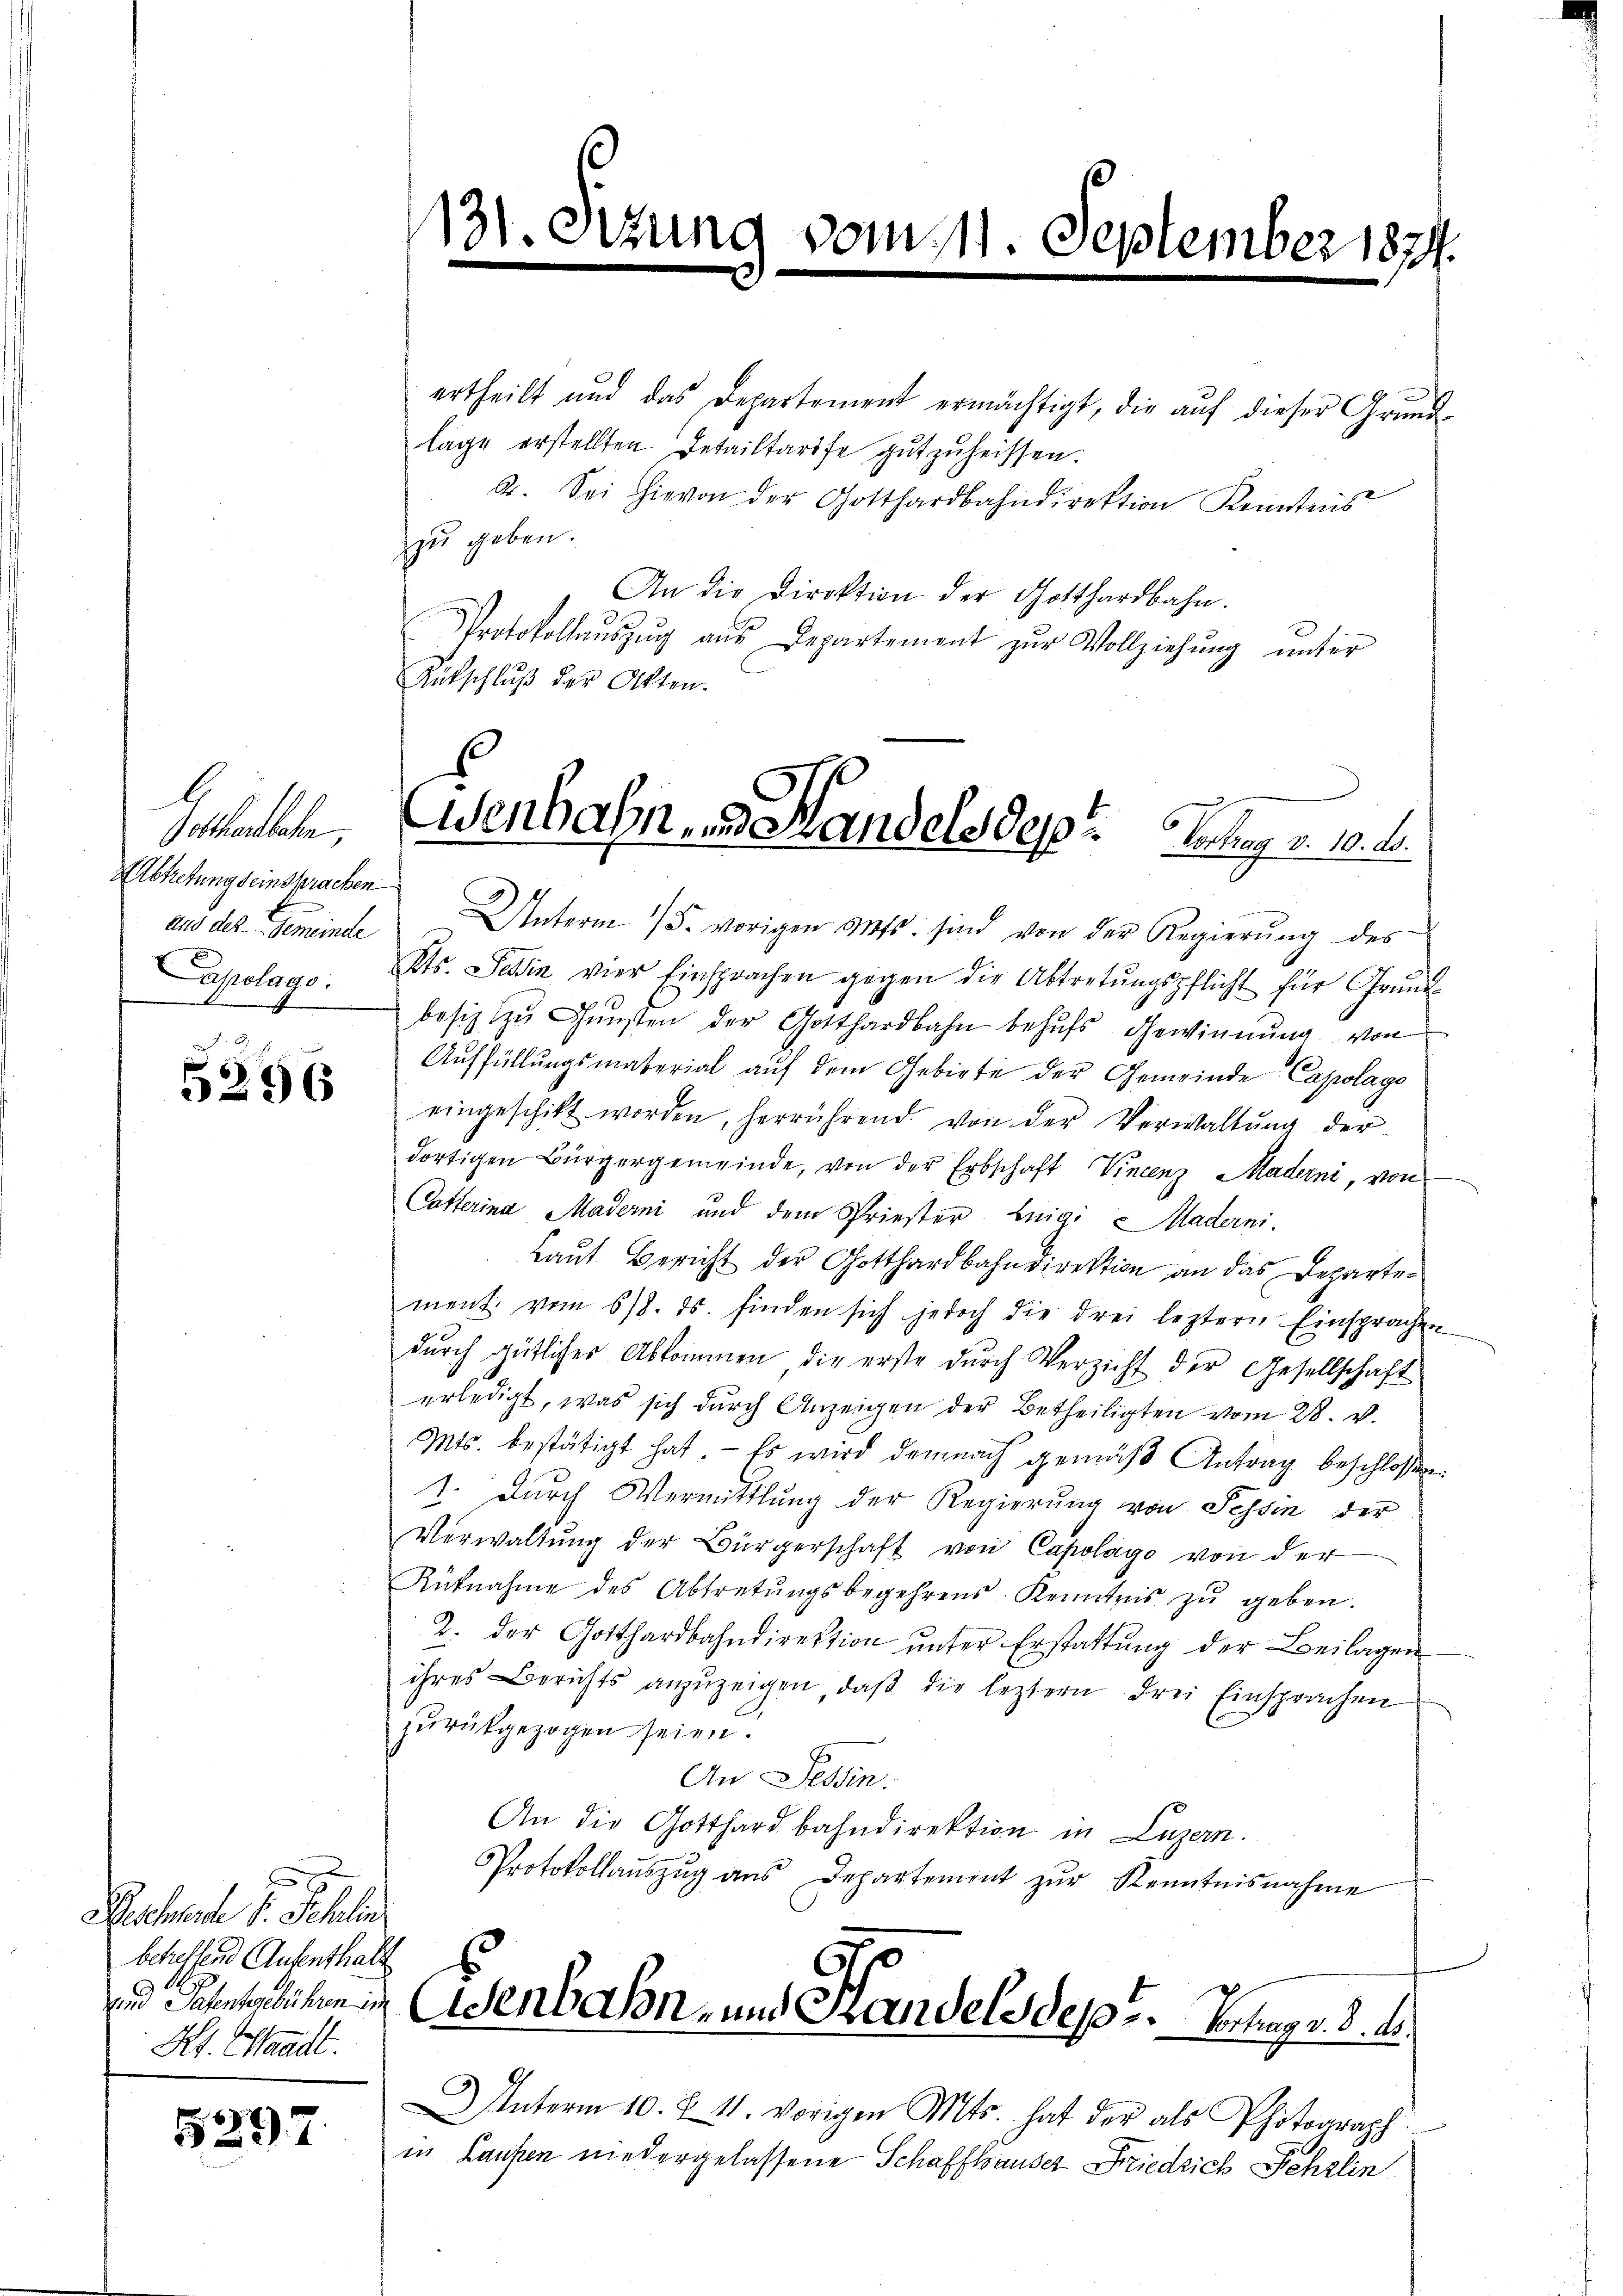
G
Gotthardbahn,
AAbtretung seinsprachen
Capolago.

.
5296

Buchende u. Schla
betreffend Aufenthalt
Kt. Waadt.

5297.

131.

11

C

aus der Gemeinde Unterm 15. vorigen Mts. sind von der Regierŭng des
Kts. Tessin vier Einsprachen gegen die Abtretŭngspflicht für Grŭnd-
besitz zŭ Gŭnsten der Gotthardbahn behŭfs Gewinnung von
Auffüllungsmaterial auf dem Gebiete der Gemeinde Capolago
eingeschikt worden, herrührend von der Verwaltŭng der
dortigen Bürgergemeinde, von der Erbschaft Vincenz Maderni, von
Cotterina Maderni und dem Priester Luigi Maderni
Laut Bericht der Gotthardbahndirektion an das Departement vom 618. ds. finden sich jedoch die drei leztern Einsprachen
dŭrch gütlicher Abkommen, die erste dŭrch Verzicht der Gesellschaft
erledigt, was sich durch Anzeigen der Betheiligten vom 28. v.
Mts. bestätigt hat. - Es wird demnach gemäβ Antrag beschlossen:
1. Durch Vermittlung der Regierŭng von Tessin der
Verwaltŭng der Bürgerschaft von Capolago von der
Rütnahme des Abtretŭngsbegehrens Kenntnis zŭ geben.
2. der Gotthardbahndirektion ŭnter Erstattung der Beilagen
ihres Berichts anzuzeigen, daβ die leztern drei Einsprachen
zurückgezogen seien.
An Tessin.
An die Gotthardbahndirektion in Luzern.
Protokollaŭszŭg aŭs Departement zŭr Kenntnisnahme
und Sahentlichen in (Wenbahn- und Handels des Vortrag v. 8. d.
Interm 10. §. 11. vorigen Mts. hat der als Photograph
in Laufen niedergelassene Schaffhauser Friedrich Pehslin

ertheilt und das Departement ermächtigt, die aŭf dieser Grund-
lage erstellten Detailtarife gutzuheissen.
2. Sei hievon der Gotthardbahndirektion Kenntnis
zu geben.
An die Direktion der Gotthardbahn.
Protokollaŭszŭg aŭs Departement zŭr Vollziehŭng ŭnter
Rütschluß der Akten.

111

Se

tember 1874.

Wenbahn, Handels dest. Verung v. 10. d.